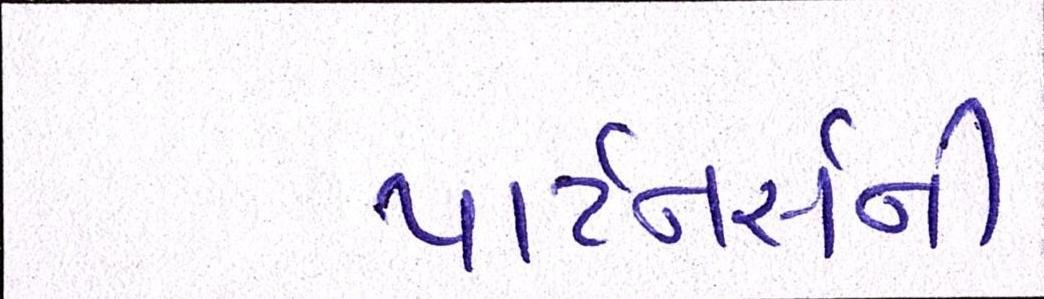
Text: પાર્ટનર્સની